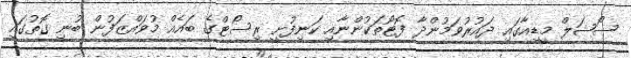
ސޯޝަލް މީޑިއާގައި ދައުރުވަމުންދާ ފޮޓޯތަކުންނާއި ކަނިފުށީ ރިސޯޓްގެ ބައެއް މުވައްޒަފުން ބުނި ގޮތުގައި